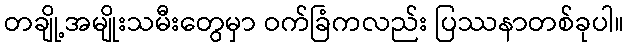
တချို့အမျိုးသမီးတွေမှာ ဝက်ခြံကလည်း ပြဿနာတစ်ခုပါ။